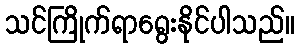
သင်ကြိုက်ရာရွေးနိုင်ပါသည်။